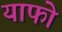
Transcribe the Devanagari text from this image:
याफो